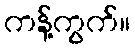
ကန့်ကွက်။